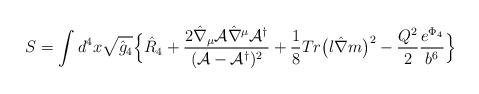
LaTeX: \begin{align*}S = \int d^4x \sqrt{\hat g_4} \Bigl\{ \hat R_4+ \frac{2 \hat \nabla_{\mu} {\cal A} \hat \nabla^{\mu} {\cal A}^{\dagger}}{({\cal A} - {\cal A}^{\dagger})^2}+ \frac{1}{8} Tr \bigl(l \hat \nabla m\bigr)^2- \frac{Q^2}{2} \frac{e^{\Phi_4}}{b^6} \Bigr\}\end{align*}